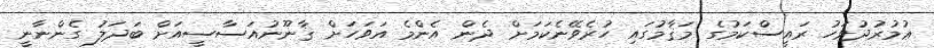
ޢުމުރުދުވަހު ރައީސްކަމުގެ މަޤާމުގައި ހުރެވޭނެކަމަށް ދެން އެންމެ އަވަހަށް ޤާނޫނުއަސާސީއަށް ބަދަލު ގެންނާނީ